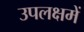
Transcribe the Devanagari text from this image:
उपलक्षमें